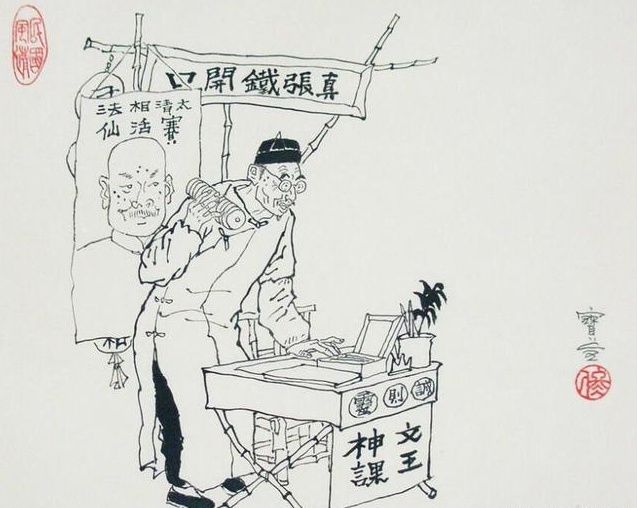
是以其财不足以待凶饥，振孤寡，故国贫而民难治也。